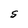
Character: S